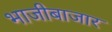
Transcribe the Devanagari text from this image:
भाजीबाजार